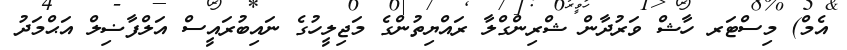
އެމް) މިސްޓަރ ހާޝް ވަރުދާން ޝްރިންގްލާ ރައްޔިތުންގެ މަޖިލީހުގެ ނައިބުރައީސް އަލްފާޟިލް އަޙްމަދު